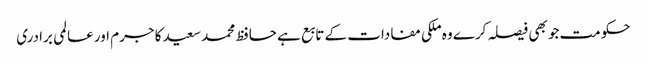
حکومت جو بھی فیصلہ کرے وہ ملکی مفادات کے تابع ہے	 حافظ محمد سعید کا جرم اور عالمی برادری